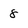
Character: 8